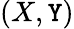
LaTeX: (X,\mathtt{Y})